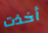
أخذت